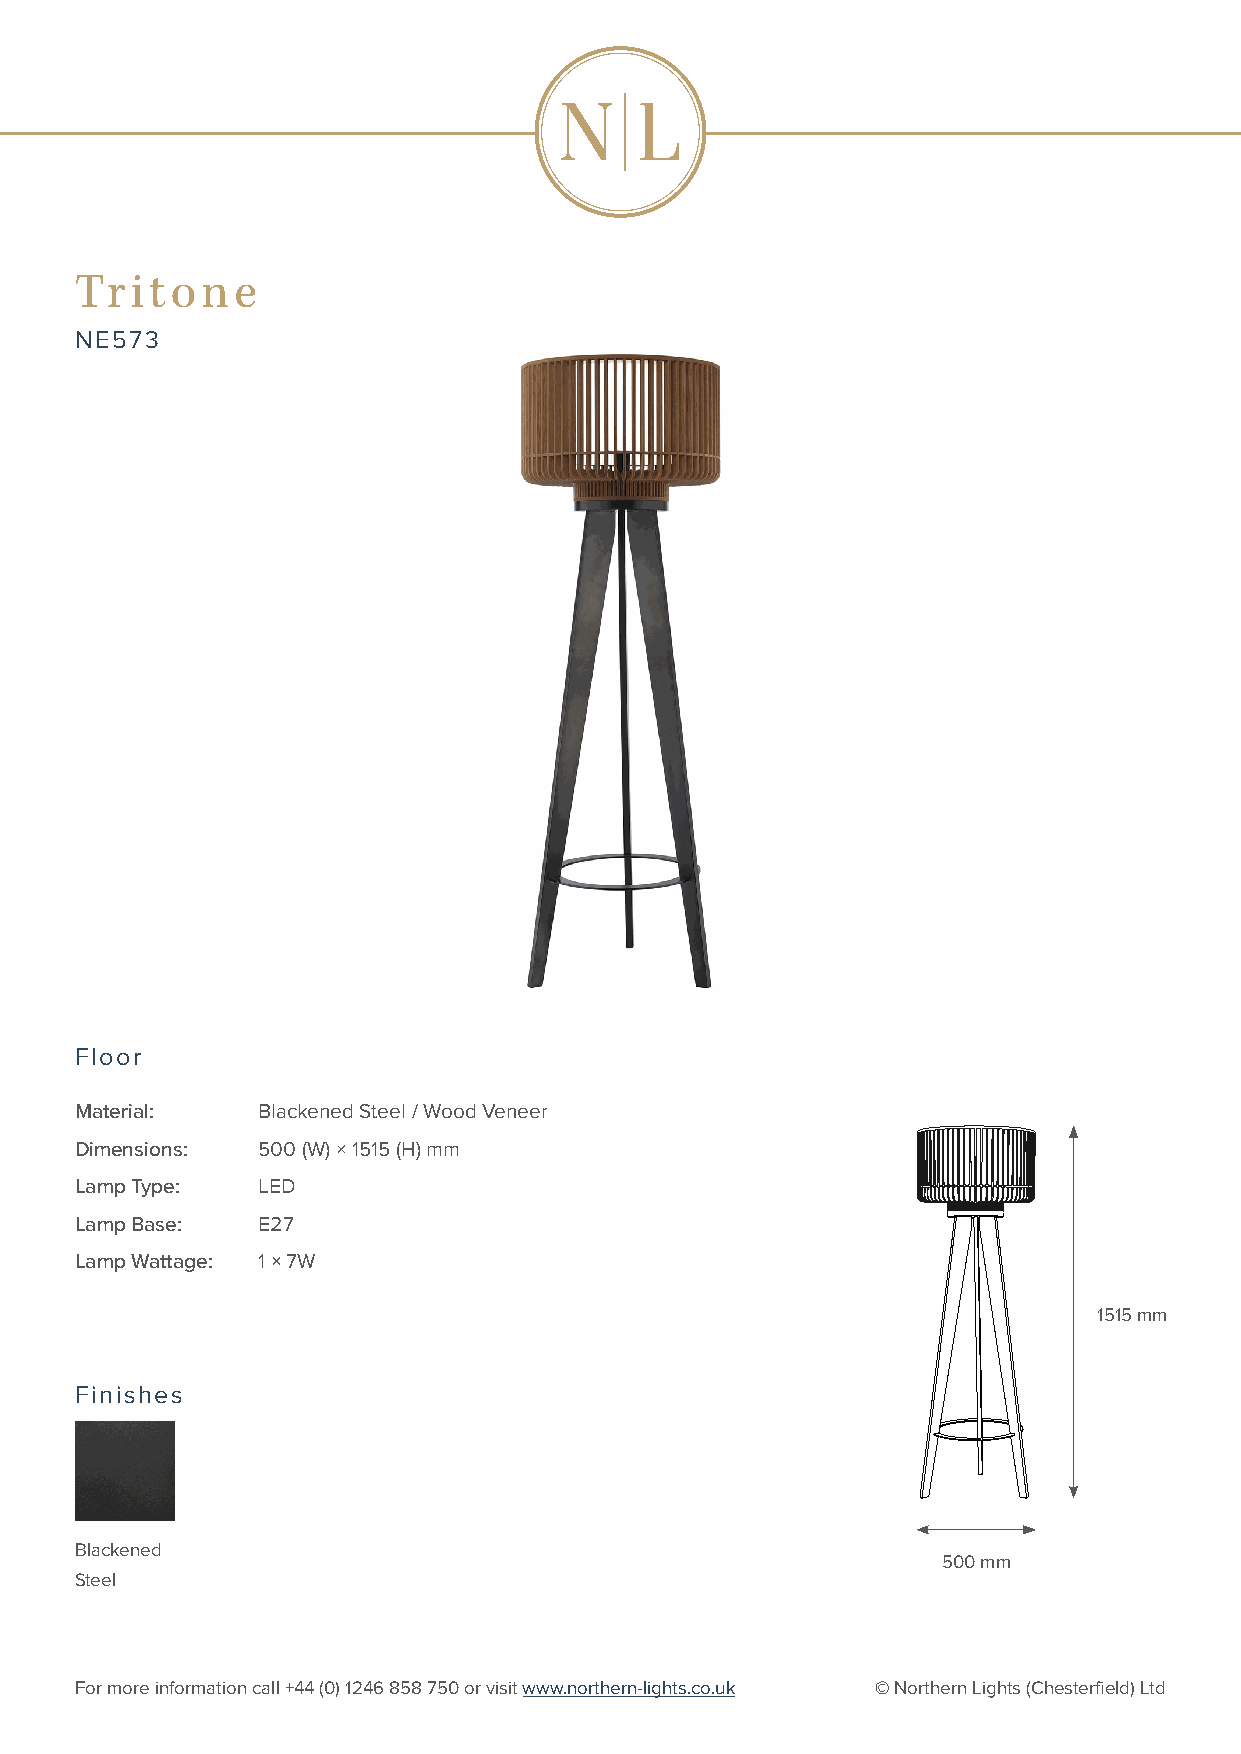
Tritone
 NE573
 Floor
 Material:   Blackened Steel / Wood Veneer
 Dimensions: 500 (W) × 1515 (H) mm
 Lamp Type:  LED
 Lamp Base:  E27
 Lamp Wattage: 1 × 7W
 1515 mm
 Finishes
 Blackened
 500 mm
 Steel
 For more information call +44 (0) 1246 858 750 or visit www.northern-lights.co.uk © Northern Lights (Chesterfield) Ltd